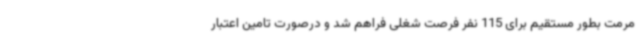
مرمت بطور مستقیم برای 115 نفر فرصت شغلی فراهم شد و درصورت تامین اعتبار